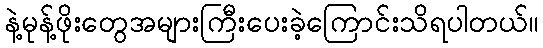
နဲ့မုန့်ဖိုးတွေအများကြီးပေးခဲ့ကြောင်းသိရပါတယ်။